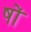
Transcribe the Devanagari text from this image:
षों